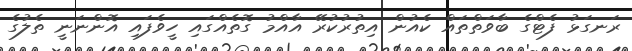
ރަނގަޅު ފެޓްގެ ބާވަތްތައް ކެއުން އިތުރުކުރޭ އާއްމު ގޮތެއްގައި ހީވެފައި އޮންނަނީ ތެލުގެ